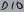
Text: D10